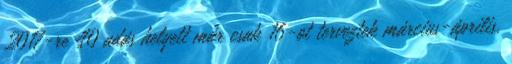
2017-re 40 adás helyett már csak 16-ot terveztek március-április,